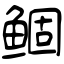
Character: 鲴